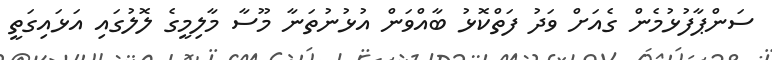
ސަންޕާފުޅުމެން ގެއަށް ވަދު ފަތްކޮޅު ބާއްވަން އުޅުނުތަނާ މޫސާ މާލިމީގެ ލޮލުގައި އަޅައިގަތީ